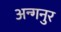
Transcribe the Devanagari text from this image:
अन्गनुर